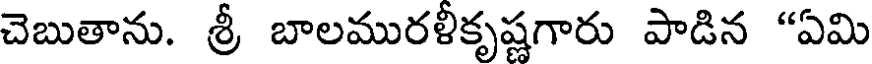
చెబుతాను. శ్రీ బాలమురళీకృష్ణగారు పాడిన "ఏమి